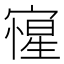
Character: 㝭